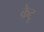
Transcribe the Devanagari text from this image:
केटू